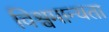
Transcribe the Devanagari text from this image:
विश्वमान्यता